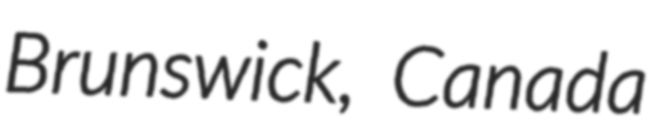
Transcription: Brunswick, Canada